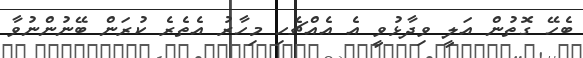
ބެހޭ ގޮތުން އަލީ ވިދާޅުވީ އެ އެއްޗެހި މިހާރު އެތެރެ ކުރަން ބޭނުންނުވާ